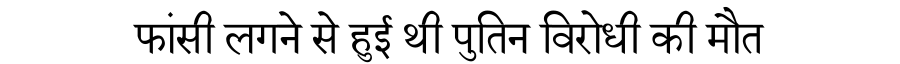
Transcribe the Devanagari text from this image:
फांसी लगने से हुई थी पुतिन विरोधी की मौत